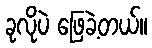
ခုလိုပဲ ဖြေခဲ့တယ်။